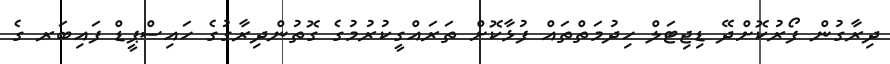
ދިރާގުން ފޯރުކޮށްދޭ ޑިޖިޓަލް ހިދުމަތްތައް ފުޅާކޮށް ތަރައްގީކުރުމުގެ ގޮތުންދިރާގުގެ ހައިސްޕީޑް ފައިބަރ ގެ